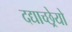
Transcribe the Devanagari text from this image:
दद्याच्छ्रेयो